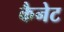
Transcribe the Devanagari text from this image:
कैनेट